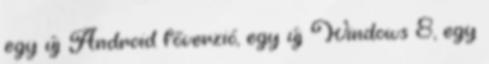
egy új Android főverzió, egy új Windows 8, egy